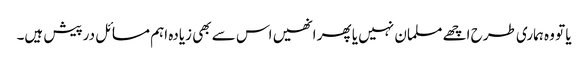
یا تو وہ ہماری طرح اچھے مسلمان نہیں یا پھر انھیں اس سے بھی زیادہ اہم مسائل درپیش ہیں۔